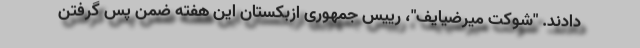
دادند. "شوکت میرضیایف"، رییس جمهوری ازبکستان این هفته ضمن پس گرفتن